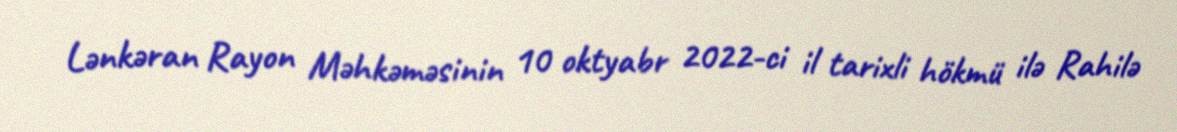
Lənkəran Rayon Məhkəməsinin 10 oktyabr 2022-ci il tarixli hökmü ilə Rahilə